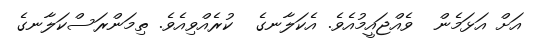
އަށް އަޅަމެން  ވެއްޖައީމުއެވެ. އެކަލާނގެ  ކުރެއްވިއެވެ. ތިމަންރަސްކަލާނގެ